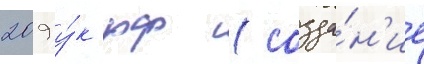
209 у́к рф (созда́н'ие